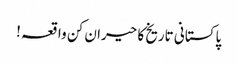
پاکستانی تاریخ کا حیران کن واقعہ !